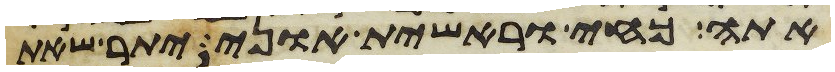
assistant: אתה כחי וראשית אוני יתר שאת